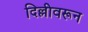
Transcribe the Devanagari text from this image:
दिल्लीवरून